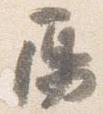
鳫